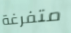
متفرغة